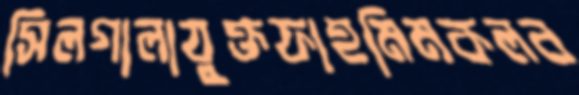
সিলগালাযুক্তফাহমিমকলব